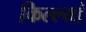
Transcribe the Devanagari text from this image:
किल्ल्यां